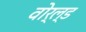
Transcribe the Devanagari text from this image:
वोर्ल्ड